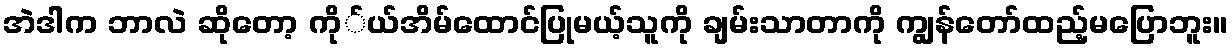
အဲဒါက ဘာလဲ ဆိုတော့ ကို်ယ်အိမ်ထောင်ပြုမယ့်သူကို ချမ်းသာတာကို ကျွန်တော်ထည့်မပြောဘူး။